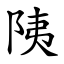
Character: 䧅